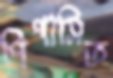
পিপাসিত